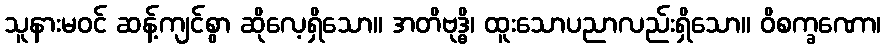
သူနားမဝင် ဆန့်ကျင်စွာ ဆိုလေ့ရှိသော။ အတိဗုဒ္ဓိ၊ ထူးသောပညာလည်းရှိသော။ ဝိစက္ခဏော၊